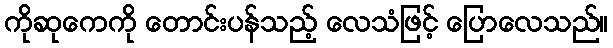
ကိုဆုကေကို တောင်းပန်သည့် လေသံဖြင့် ပြောလေသည်။